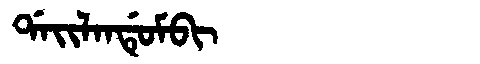
Manchu: ᡩᠠᡳᠯᠠᠨᡩᡠᠮᠪᡳ
Romanization: DAILANDUMBI